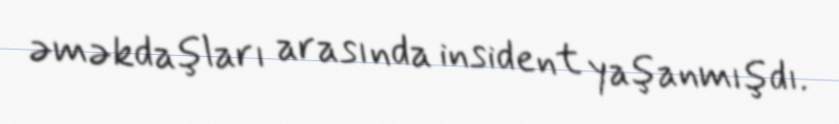
əməkdaşları arasında insident yaşanmışdı.